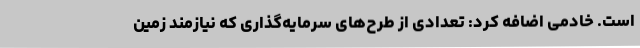
است. خادمی اضافه کرد: تعدادی از طرح‌های سرمایه‌گذاری که نیازمند زمین